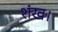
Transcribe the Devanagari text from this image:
शंख।